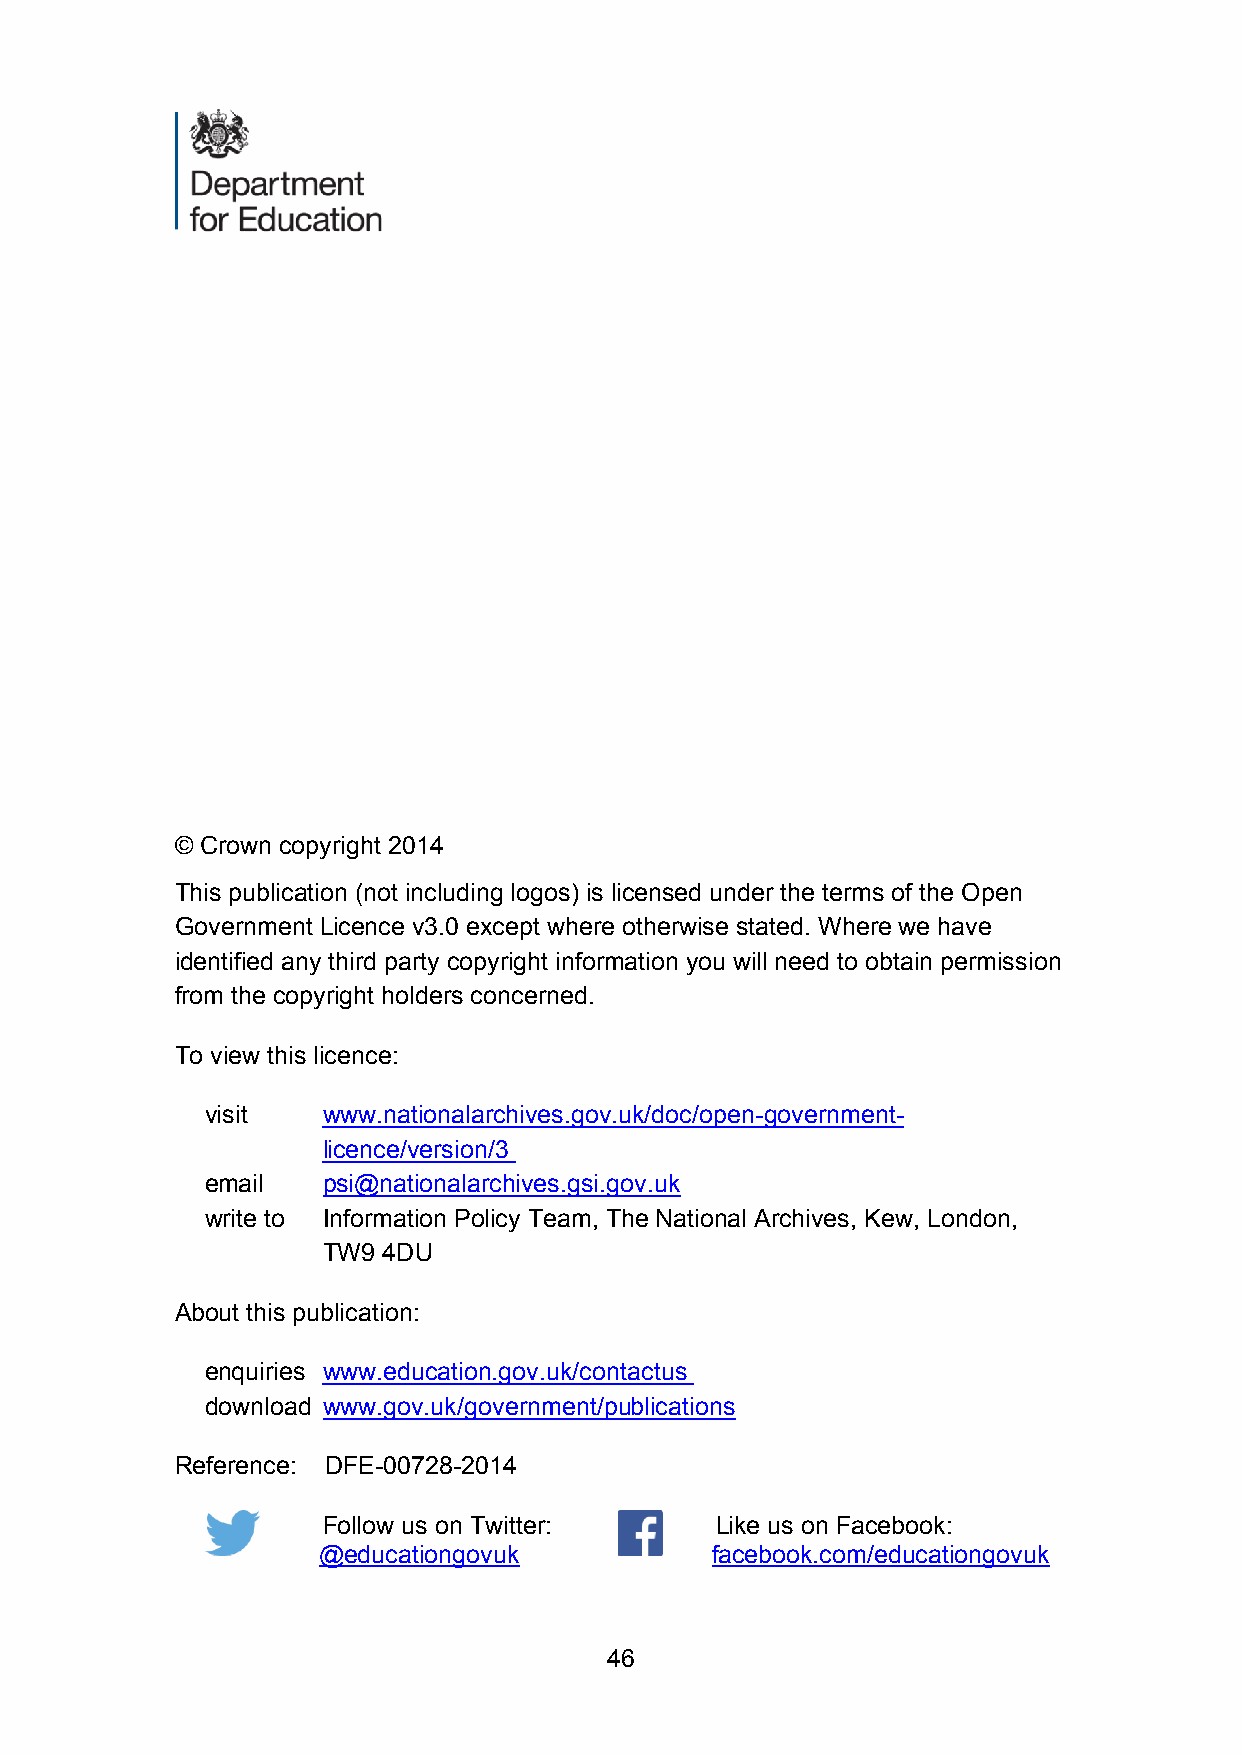
© Crown copyright 2014
 This publication (not including logos) is licensed under the terms of the Open
 Government Licence v3.0 except where otherwise stated. Where we have
 identified any third party copyright information you will need to obtain permission
 from the copyright holders concerned.
 To view this licence:
 visit  www.nationalarchives.gov.uk/doc/open-government-
 licence/version/3
 email  psi@nationalarchives.gsi.gov.uk
 write to Information Policy Team, The National Archives, Kew, London,
 TW9 4DU
 About this publication:
 enquiries www.education.gov.uk/contactus
 download www.gov.uk/government/publications
 Reference: DFE-00728-2014
 Follow us on Twitter:     Like us on Facebook:
 @educationgovuk           facebook.com/educationgovuk
 46